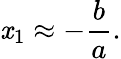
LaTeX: \mathit{x}_{1}\approx-{\frac{{b}}{{a}}}.